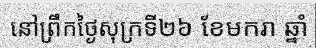
នៅព្រឹកថ្ងៃសុក្រទី២៦ ខែមករា ឆ្នាំ